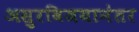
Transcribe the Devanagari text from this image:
असुरविजयानंतर